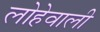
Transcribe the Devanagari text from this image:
लोहेवाली